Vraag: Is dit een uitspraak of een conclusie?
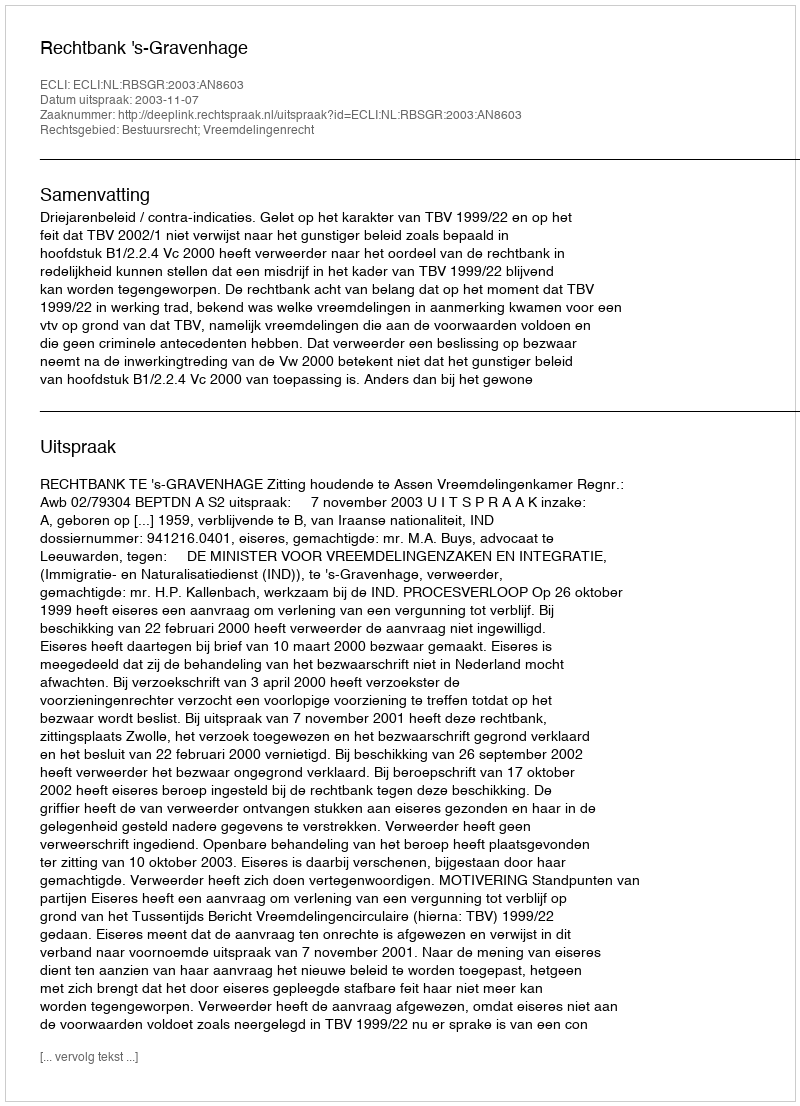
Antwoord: Uitspraak